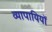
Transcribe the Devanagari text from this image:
व्यापायियों